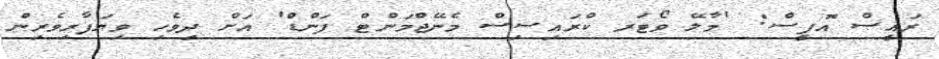
ރައީސް އޮފީސް: 'މާލޭ ވޯޓަރ ކްރައިސިސް މެނޭޖްމަންޓް ފަންޑް' އަށް ދިވެހި ވިޔަފާރިވެރިން